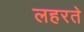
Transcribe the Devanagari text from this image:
लहरते